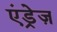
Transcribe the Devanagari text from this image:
एंड्रेज़